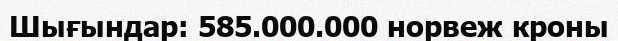
Шығындар: 585.000.000 норвеж кроны